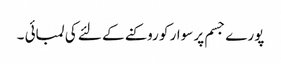
پورے جسم پر سوار کو روکنے کے لئے کی لمبائی ۔